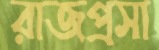
রাজপ্রসা